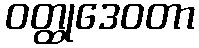
ဝတ္ထုဒေဝတာ